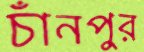
চাঁনপুর